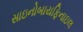
સાઇનોબાયફિનાઇલ